Vaccine operations Central Provinces 1868-1885 - 1868-1885
Year: 1868
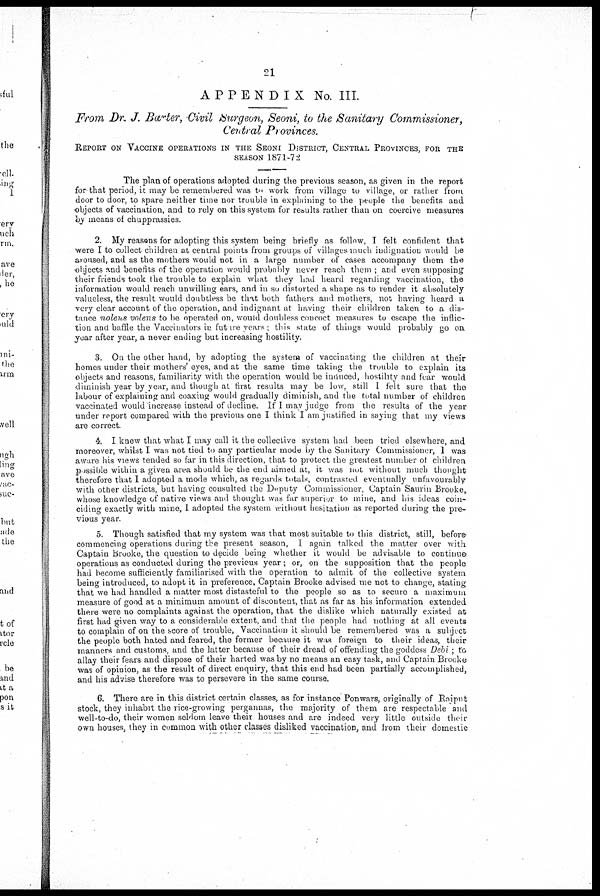
21
APPENDIX No. III.
From Dr. J. Barter, Civil Surgeon, Seoni, to the Sanitary Commissioner,
Central Provinces.
REPORT ON VACCINE OPERATIONS IN THE SEONI DISTRICT, CENTRAL PROVINCES, FOR THE
SEASON 1871-72
The plan of operations adopted during the previous season, as given in the report
for that period, it may be remembered was to work from village to village, or rather from
door to door, to spare neither time nor trouble in explaining to the people the benefits and
objects of vaccination, and to rely on this system for results rather than on coercive measures
by means of chupprassies.
2. My reasons for adopting this system being briefly as follow, I felt confident that
were I to collect children at central points from groups of villages much indignation would be
anoused, and as the mothers would not in a large number of cases accompany them the
objects and benefits of the operation would probably never reach them ; and even supposing
their friends took the trouble to explain what they had heard regarding vaccination, the
information would reach unwilling ears, and in so distorted a shape as to render it absolutely
valueless, the result would doubtless be that both fathers and mothers, not having heard a
very clear account of the operation, and indignant at having their children taken to a dis-
tance nolens volens to be operated on, would doubless concoct measures to escape the inflic-
tion and baffle the Vaccinators in future years; this state of things would probably go on
year after year, a never ending but increasing hostility.
3. On the other hand, by adopting the system of vaccinating the children at their
homes under their mothers' eyes, and at the same time taking the trouble to explain its
objects and reasons, familiarity with the operation would be induced, hostility and fear would
diminish year by year, and though at first results may be low. still [ felt sure that the
labour of explaining and coaxing would gradually diminish, and the total number of children
vaccinated would increase instead of decline. It I may judge from the results of the year
under report compared with the previous one I think I am justified in saying that my views
are correct.
4. I knew that what I may call it the collective system had been tried elsewhere, and
moreover, whilst I was not tied to any particular mode by the Sanitary Commissioner, I was
aware his views tended so far in this direction, that to protect the greatest number of children
possible within a given area should be the end aimed at, it was not without much thought
therefore that I adopted a mode which, as regards totals, contrasted eventually unfavourably
with other districts, but having consulted the Deputy Commissioner, Captain Saurm Brooke,
whose knowledge of native views and thought was far superior to mine, and his ideas com-
ciding exactly with mine, I adopted the system without hesitation as reported during the pre¬
vious year.
5. Though satisfied that my system was that most suitable to this district, still, before
commencing operations during the present season, I again talked the matter over with
Captain Brooke, the question to decide being whether it would be advisable to continue
operations as conducted during the previous year; or, on the supposition that the people
had become sufficiently familiarised with the operation to admit of the collective system
being introduced, to adopt it in preference. Captain Brooke advised me not to change, stating
that we had handled a matter most distasteful to the people so as to secure a maximum
measure of good at a minimum amount of discontent, that as far as his information extended
there were no complaints against the operation, that the dislike which naturally existed at
first had given way to a considerable extent, and that the people had nothing at all events
to complain of on the score of trouble, Vaccination it should be remembered was a subject
the people both hated and feared, the former because it was foreign to their ideas, their
manners and customs, and the latter because of their dread of offending the goddess Debi; to
allay their fears and dispose of their harted was by no means an easy task, and Captain Brooke
was of opinion, as the result of direct enquiry, that this end had been partially accomplished,
and his advise therefore was to persevere in the same course.
6. There are in this district certain classes, as for instance Ponwars, originally of Rajput
stock, they inhabit the rice-growing pergannas, the majority of them are respectable and
well-to-do, their women seldom leave their houses and are indeed very little outside their
own houses, they in common with other classes disliked vaccination, and from their domestic